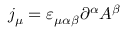
j _ { \mu } = \varepsilon _ { \mu \alpha \beta } \partial ^ { \alpha } A ^ { \beta }